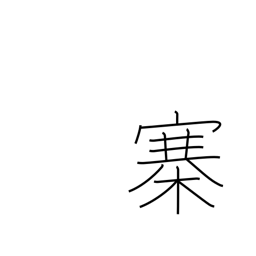
Meaning: fort